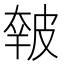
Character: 𰤭